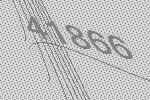
41866